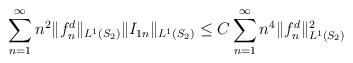
LaTeX: \begin{align*}\sum_{n=1}^{\infty}n^2\Vert f_n^d \Vert_{L^{1}(S_2)}\Vert I_{1n} \Vert_{L^{1}(S_2)}\leq C\sum_{n=1}^{\infty}n^4\Vert f_n^d \Vert_{L^{1}(S_2)}^2\end{align*}